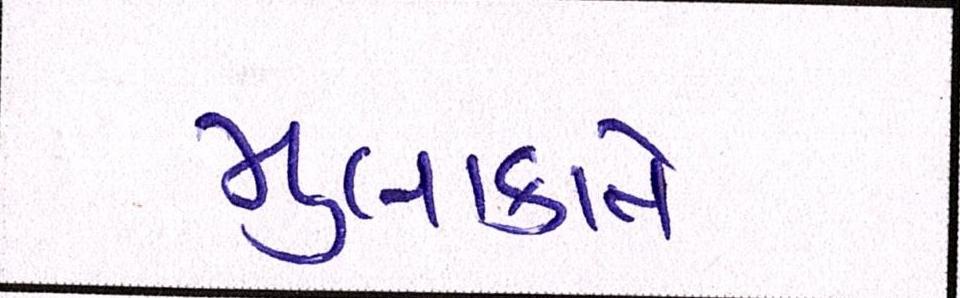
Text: મુલાકાતે